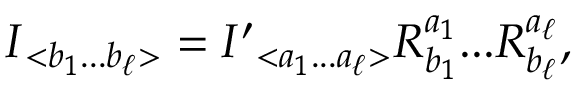
\begin{array} { r } { { \cal I } { } _ { < b _ { 1 } . . . b _ { \ell } > } = { \cal I } ^ { \prime } { } _ { < a _ { 1 } . . . a _ { \ell } > } R _ { b _ { 1 } } ^ { a _ { 1 } } . . . R _ { b _ { \ell } } ^ { a _ { \ell } } , } \end{array}